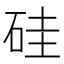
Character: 硅